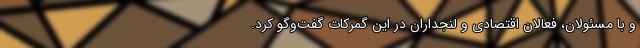
و با مسئولان، فعالان اقتصادی و لنجداران در این گمرکات گفت‌وگو کرد.